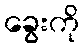
ခွေးကို